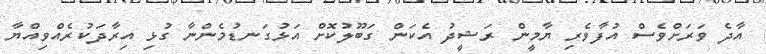
އާދެ ވަރަށްވެސް އުފާވެރި ޔާމީން ރަޝީދު އެކަން ގަބޫލުކޮށް އަޅުގަނޑުމެންނާ ގުޅި އިރާދަކުރެއްވިއްޔާ